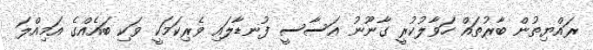
ރައްޔިތުން ބާރުތައް ހަވާލުކުރީ ގާނޫނު އަސާސީ ފުނޑާލައި ވެރިކަމަކީ ވަކި ބައެއްގެ އަމިއްލަ